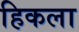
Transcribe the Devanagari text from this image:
हिकला